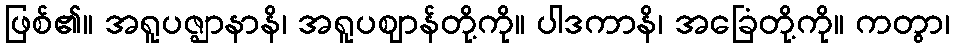
ဖြစ်၏။ အရူပဇ္ဈာနာနိ၊ အရူပဈာန်တို့ကို။ ပါဒကာနိ၊ အခြေံတို့ကို။ ကတွာ၊